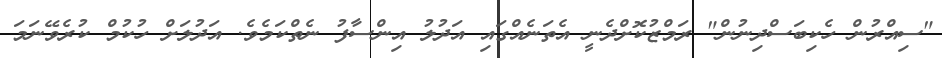
"ސިއްރުން ހެކިބަސްދިނުން" ރަމްޒުކޮށްދެނީ އެތަނެއްގައި އަދުލު އިންސާފު ނެތްކަމެވެ. އަދުލަށް ހުކުމް ކުރެވޭނަމަ